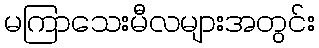
မကြာသေးမီလများအတွင်း